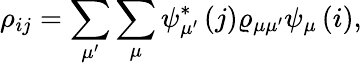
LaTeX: \rho_{ij}=\sum_{\mu^{\prime}}\sum_{\mu}\psi_{\mu^{\prime}}^{\ast}\left(j\right)\varrho_{\mu\mu^{\prime}}\psi_{\mu}\left(i\right),